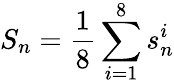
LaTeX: S_{n}=\frac{1}{8}\sum_{i=1}^{8}s_{n}^{i}